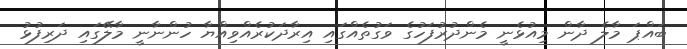
ބައްޕަ މާލެ ދާން މިއުޅެނީ މެންދުރުފަހުގެ ވަގުތެއްގައި އިރާދަކުރެއްވިއްޔާ ހުންނާނީ މާލޭގައި ދަރިފުޅު